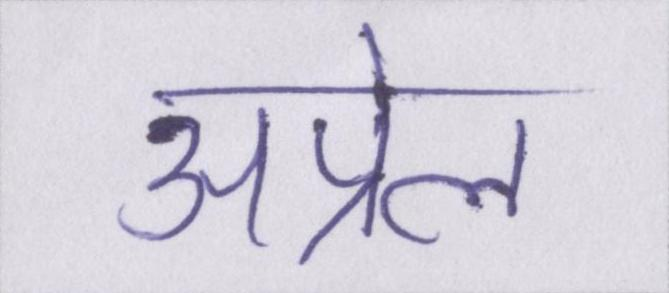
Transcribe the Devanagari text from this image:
अप्रेल